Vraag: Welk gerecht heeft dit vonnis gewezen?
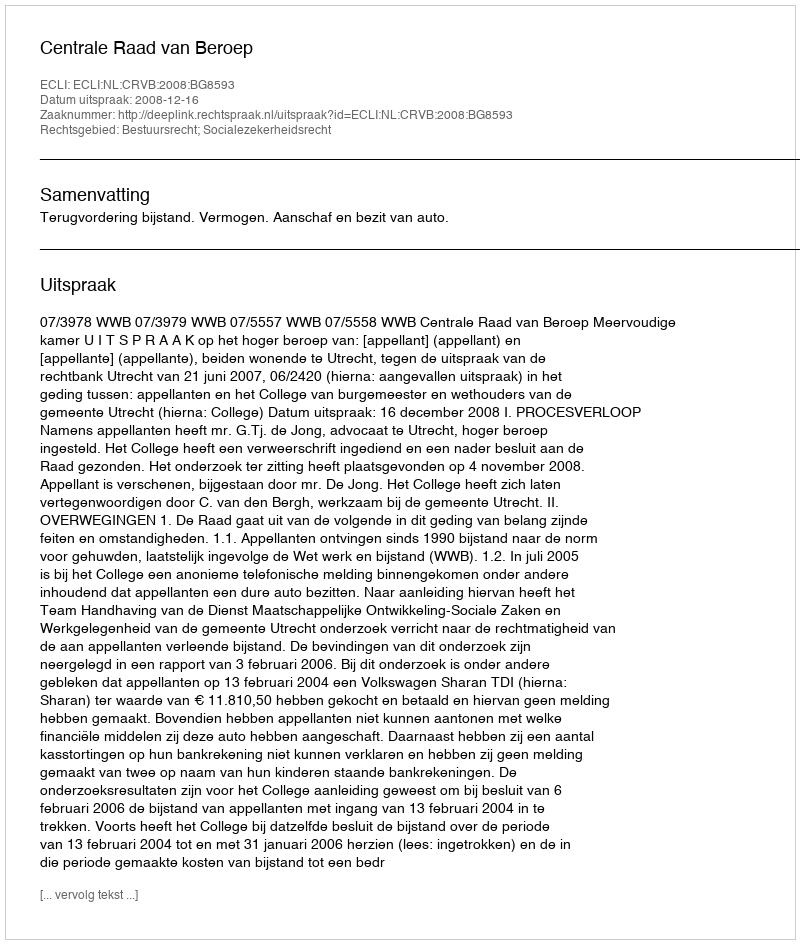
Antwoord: Centrale Raad van Beroep